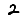
Digit: 2